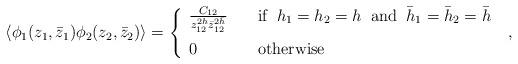
LaTeX: \begin{align*}\langle\phi_{1}(z_{1},\bar{z}_{1})\phi_{2}(z_{2},\bar{z}_{2})\rangle=\left\{\begin{array}{ll}\frac{C_{12}}{z_{12}^{2h}\bar{z}_{12}^{2\bar{h}}} &\quad \textrm{if}\;\;h_{1}=h_{2}=h \;\;\textrm{and}\;\;\bar{h}_{1}=\bar{h}_{2}=\bar{h}\medskip \\0 & \quad \textrm{otherwise}\,\,\, \end{array}\right. \,\, ,\end{align*}